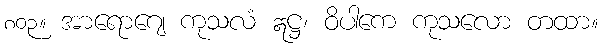
၈၀၃။ အာရောဂျေ ကုသလံ ဣဋ္ဌ၊ ဝိပါကေ ကုသလော တထာ။